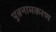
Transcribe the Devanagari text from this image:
पुन्रनामकरण